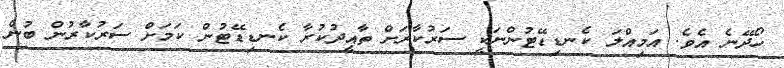
ހޯދޭނެ އެވެ. އަމިއްލަ ކެނޑިޑޭޓުންނަކީ ސަރުކާރަށް ތާއީދުކުރާ ކެނޑިޑޭޓުން ކަމަށް ސަރުކާރުން ބުނެ